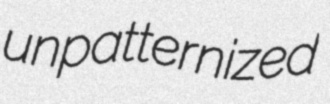
unpatternized